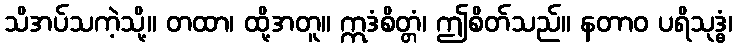
သိအပ်သကဲ့သို့။ တထာ၊ ထို့အတူ။ ဣဒံစိတ္တံ၊ ဤစိတ်သည်။ နတာဝ ပရိသုဒ္ဓံ၊